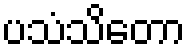
ပသံသိတော